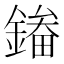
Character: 𮢲